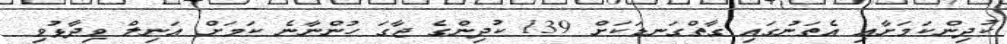
ކުދިންކަމަށާއި އެތަނުގައި ގާތްގަނޑަކަށް 139 ކުދިންގެ ޖާގަ ހުންނާނެ ކަމަށް އަނިލް ވިދާޅުވި